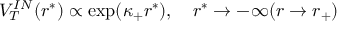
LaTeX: V _ { T } ^ { I N } ( r ^ { * } ) \propto \exp ( \kappa _ { + } r ^ { * } ) , ~ ~ ~ r ^ { * } \to - \infty ( r \to r _ { + } )